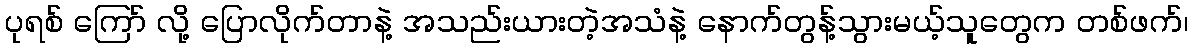
ပုရစ် ကြော် လို့ ပြောလိုက်တာနဲ့ အသည်းယားတဲ့အသံနဲ့ နောက်တွန့်သွားမယ့်သူတွေက တစ်ဖက်၊